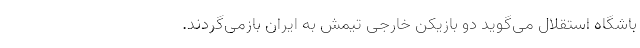
باشگاه استقلال می‌گوید دو بازیکن خارجی تیمش به ایران بازمی‌گردند.